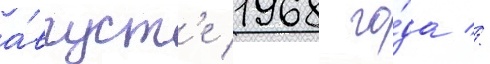
а́вгуст'е 1968 го́да //